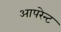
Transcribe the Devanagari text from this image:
आपरेन्ट